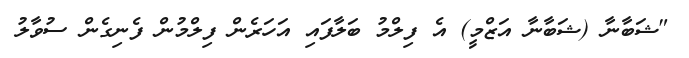
"ޝަބާނާ (ޝަބާނާ އަޒްމީ) އެ ފިލްމު ބަލާފައި އަހަރެން ފިލްމުން ފެނިގެން ސުވާލު